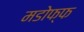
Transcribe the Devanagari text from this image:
मडोफ्फ